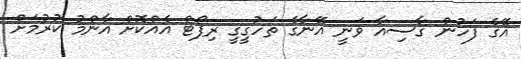
އޭގެ ފަހުން ގާސިއާ ވަނީ އޭނާގެ ތަހުގީގީ ރިޕޯޓް އެއްކޮށް އާންމު ކުރުމަށް